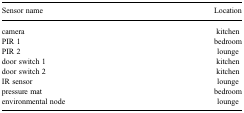
| Sensor name | Location |
 | --- | --- |
 | camera | kitchen |
 | PIR 1 | bedroom |
 | PIR 2 | lounge |
 | door switch 1 | kitchen |
 | door switch 2 | kitchen |
 | IR sensor | lounge |
 | pressure mat | bedroom |
 | environmental node | lounge |